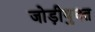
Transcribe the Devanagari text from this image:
जोड़ीयुक्त